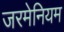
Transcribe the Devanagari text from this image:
जरमेनियम